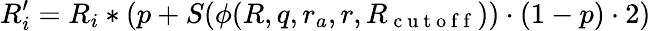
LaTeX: R_{i}^{\prime}=R_{i}*(p+S(\phi(R,q,r_{a},r,R_{\mathrm{~c~u~t~o~f~f~}}))\cdot(1-p)\cdot 2)